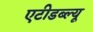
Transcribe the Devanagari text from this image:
एटीडब्ल्यू